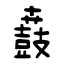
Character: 鼖